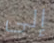
إلى